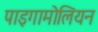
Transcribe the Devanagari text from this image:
पाइगामोलियन